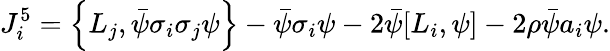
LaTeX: J_{i}^{5}=\left\{ L_{j},\bar{\psi}\sigma_{i}\sigma_{j}\psi\right\} -\bar{\psi}\sigma_{i}\psi-2\bar{\psi}[L_{i},\psi]-2\rho\bar{\psi}a_{i}\psi.